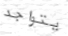
يتواجد